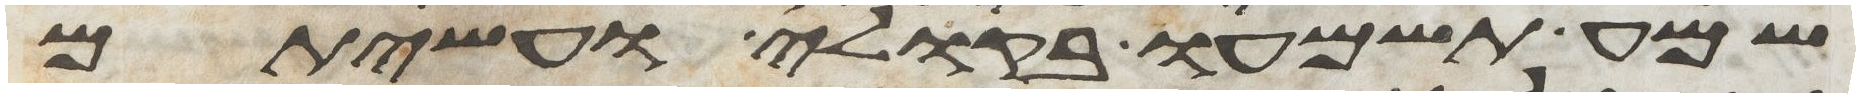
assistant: שמע תשמעו בקולי ועשיתם